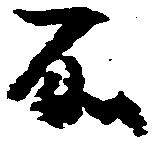
所